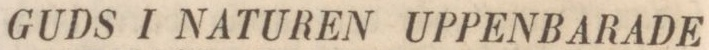
GUDS I NATUREN UPPENBARADE